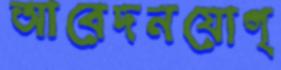
আবেদনযোগ্